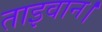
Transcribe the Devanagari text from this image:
ताइवान।